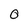
Character: O